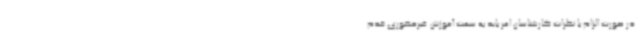
در صورت الزام با نظرات کارشناسان امر باید به سمت آموزش غیرحضوری قدم